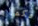
فكما